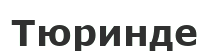
Тюринде